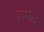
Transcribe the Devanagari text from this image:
गमंत